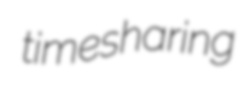
timesharing